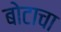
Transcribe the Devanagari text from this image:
बोटाचा